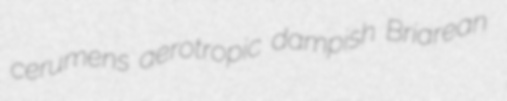
cerumens aerotropic dampish Briarean